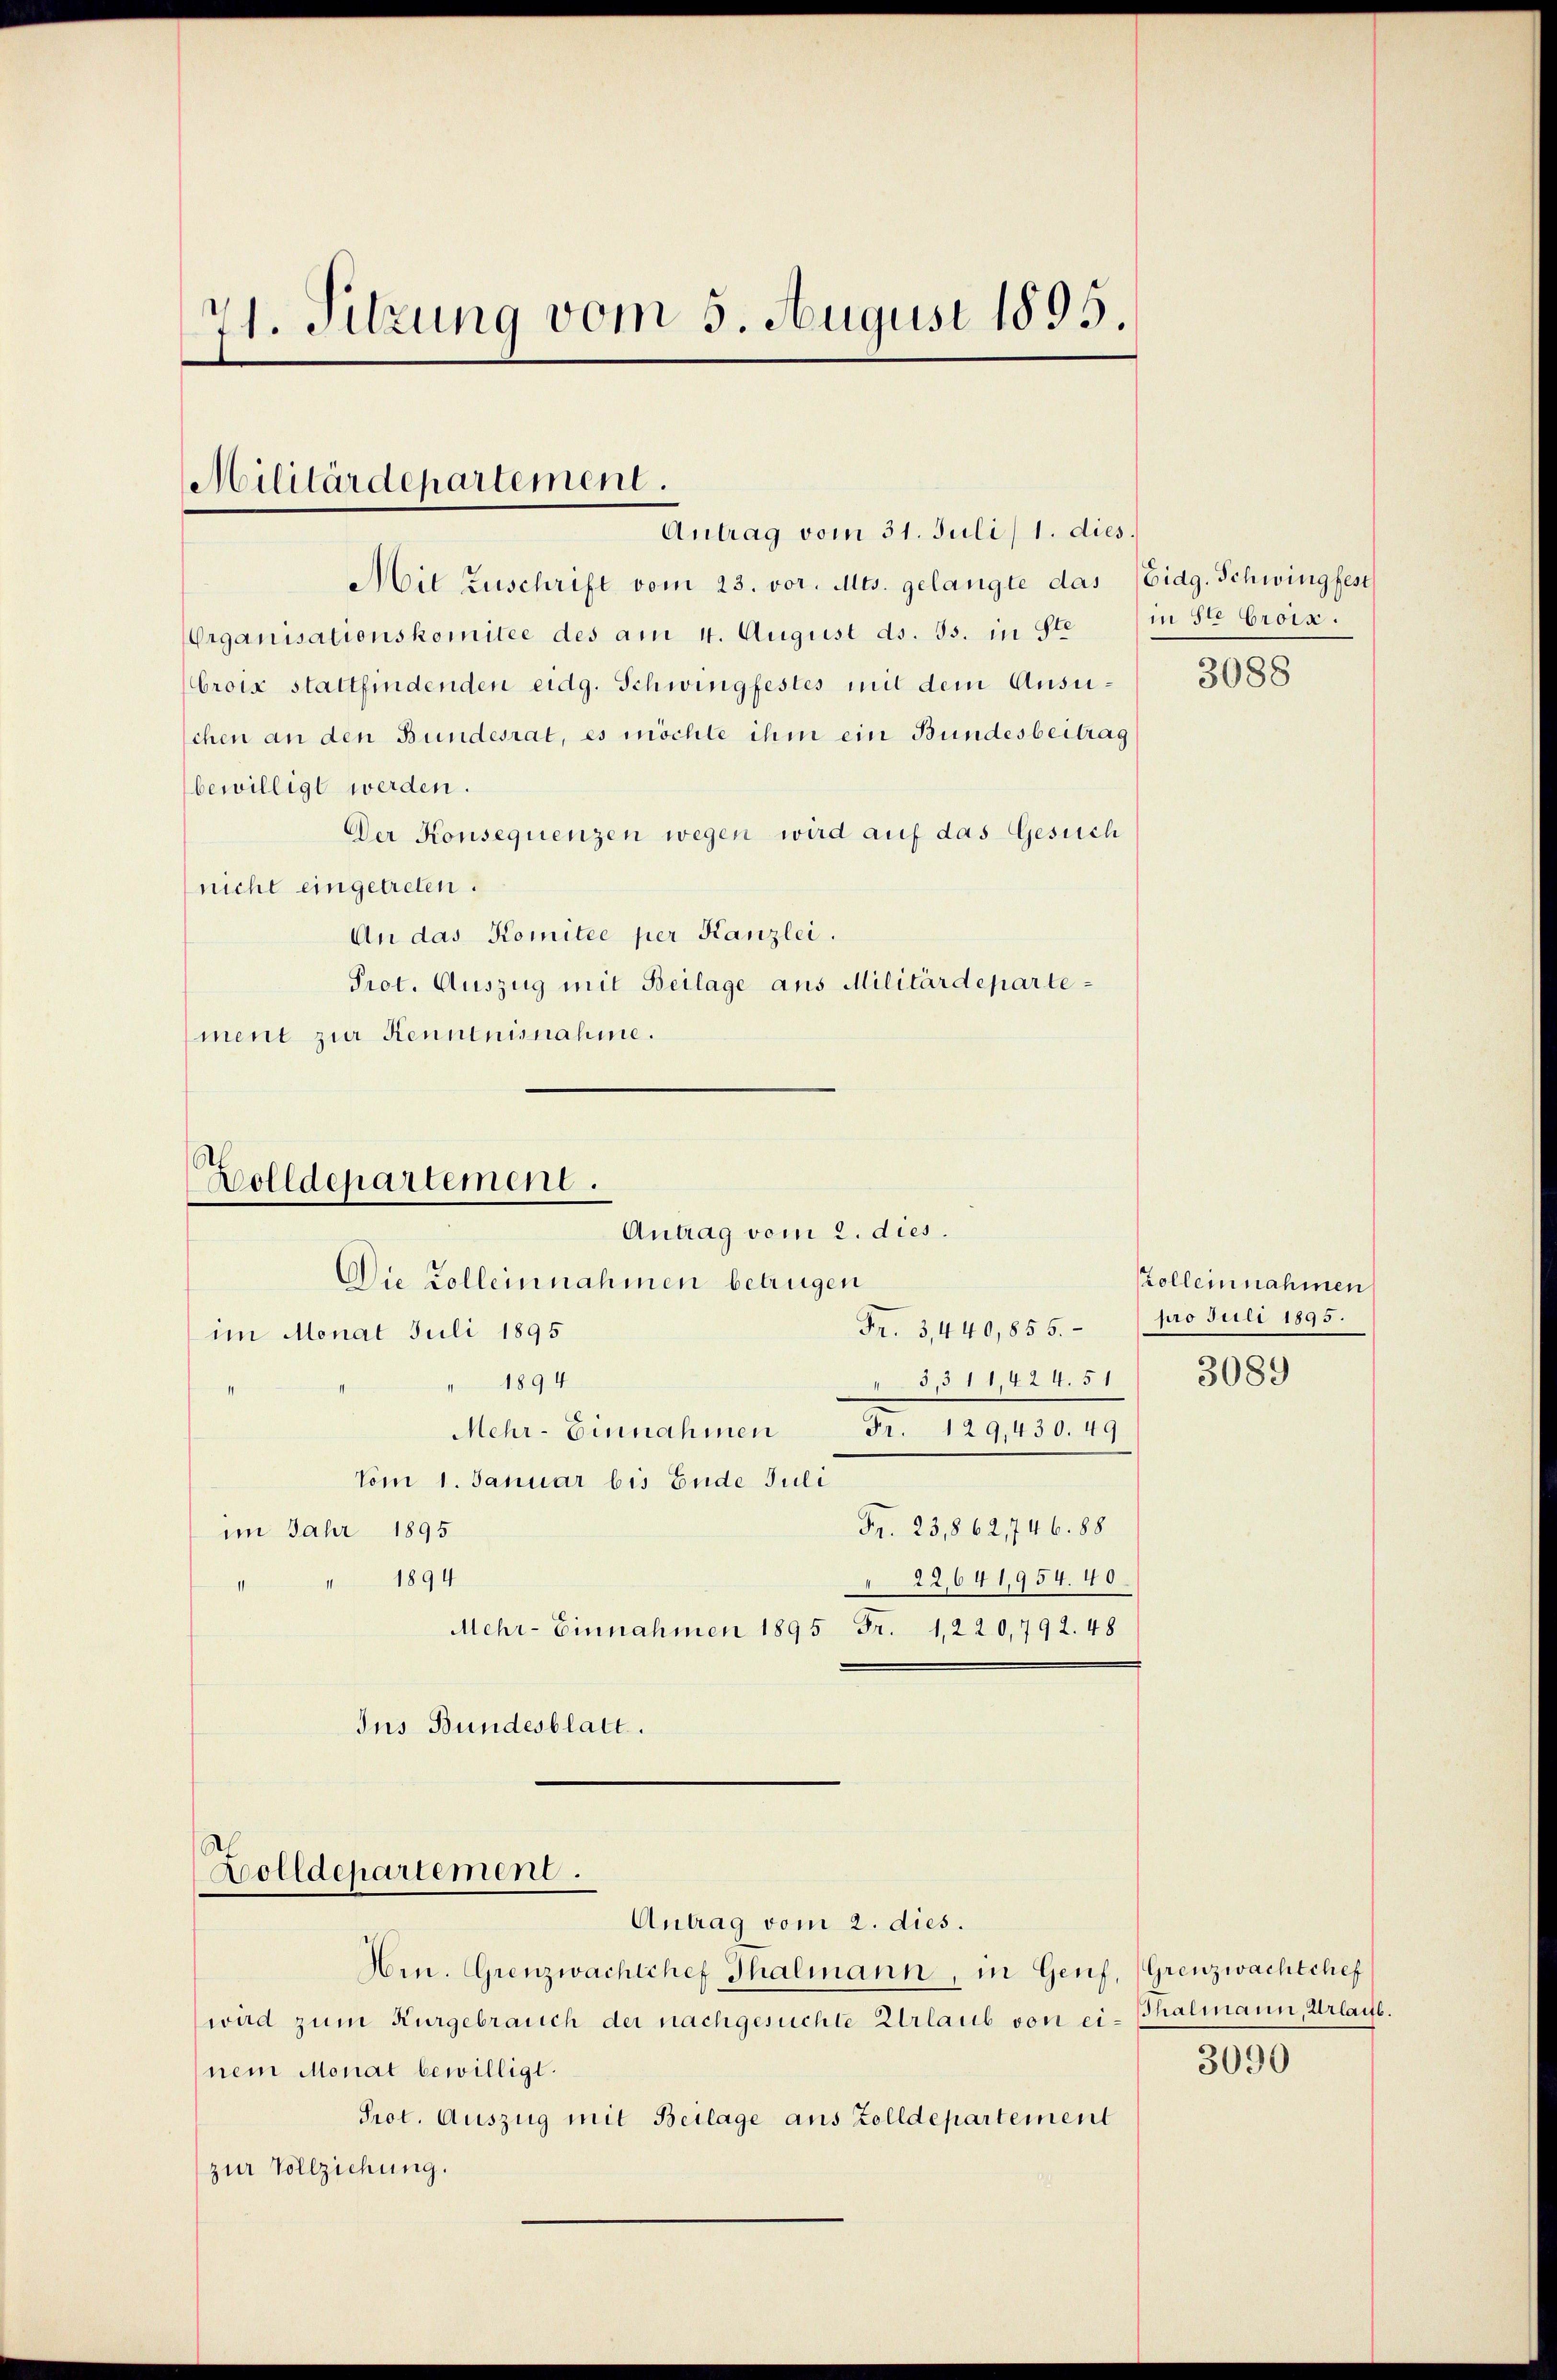
71. Sitzung vom 5. August 1895.

Militärdepartement.
Antrag vom 31. Juli) 1. dies.

Mit Zuschrift vom 23. vor. Mts. gelangte das Eidg. Schwingfest
Organisationskomitee des am 4. August ds. 35. in Ste
Croix stattfindenden eidg. Schwingfestes mit dem Ansuschen an den Bundesrat, es möchte ihm ein Bundesbeitrag
bewilligt werden.
Der Konsequenzen wegen wird auf das Gesuch
nicht eingetreten.
An das Komitée per Kanzlei.
Prot. Auszug mit Beilage aus Militärdepartement zur Kenntnisnahme.

Fr. 3,440,855.
im Monat Juli 1895
§11,424. 51
" 1894
Fr. 129,430. 49
Mehr-Einnahmen
Vom 1. Januar bis Ende Juli
Fr. 23,862, 746. 88
im Jahr 1895
22,641,954. 40
" 1894
a
Mehr- Einnahmen 1895 Fr. 1, 220,792. 48
Jus Bundesblatt.

Zolldepartement.
Antrag vom 2. dies.
Die Zolleinnahmen betrügen

Zolldepartement.

Antrag vom 2. dies.
Hrn. Grenzwachtchef Thalmann, in Genf, Grenzwachtchef
wird zum Kurgebrauch der nachgesuchte Urlaub von ei-Thalmann, Urlaub.
nem Monat bewilligt.
Prot. Auszug mit Beilage aus Zolldepartement
zur Vollziehung.

in Ste Croix.

3088

Zolleinnahmen
pro Juli 1895.
3089

3090